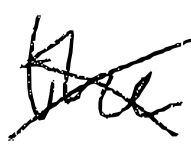
Text: the
Cross-out: mix
Writing tool: digital_black